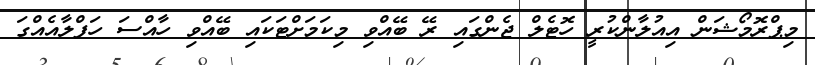
މިޕްރޮމޯޝަން އިއުލާންކުރީ ހޮޓެލް ޖެންގައި ރޭ ބޭއްވި މިކަމަށްޓަކައި ބޭއްވި ހާއްސަ ހަފްލާއެއްގަ